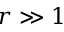
r \gg 1